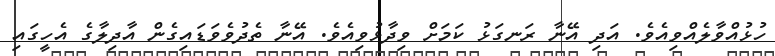
ހުޅުއްވާލެއްވިއެވެ. އަދި އޭނާ ރަނގަޅު ކަމަށް ވިދާޅުވިއެވެ. އޭނާ ތެދުވެވަޑައިގެން އާދިލާގެ އެހީގައި